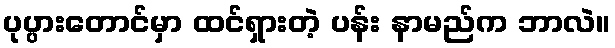
ပုပ္ပားတောင်မှာ ထင်ရှားတဲ့ ပန်း နာမည်က ဘာလဲ။